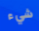
شيء